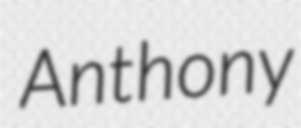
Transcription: Anthony